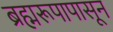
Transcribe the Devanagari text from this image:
ब्रह्मरूपापासून